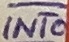
Text: INT0